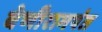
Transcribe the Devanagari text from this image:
वेणीरामपंत